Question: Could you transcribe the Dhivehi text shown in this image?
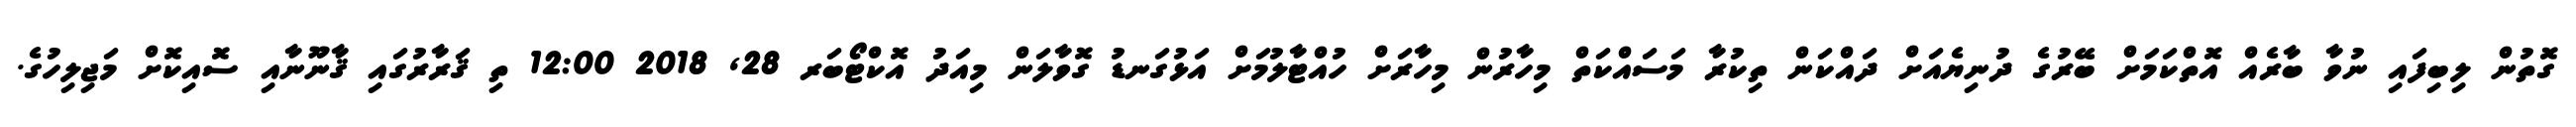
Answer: ގޮތުން ލިބިފައި ނުވާ ބާރެއް އޮތްކަމަށް ބޭރުގެ ދުނިޔެއަށް ދައްކަން ތިކުރާ މަސައްކަތް މިހާރުން މިހާރަށް ހުއްޓާލުމަށް އަޅުގަނޑު ގޮވާލަން މިއަދު އޮކްޓޯބަރ 28, 2018 12:00 ތި ޤަރާރުގައި ޤާނޫނާއި ސޮއިކޮށް މަޖިލިހުގެ.